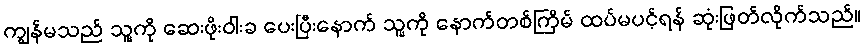
ကျွန်မသည် သူ့ကို ဆေးဖိုးဝါးခ ပေးပြီးနောက် သူ့ကို နောက်တစ်ကြိမ် ထပ်မပင့်ရန် ဆုံးဖြတ်လိုက်သည်။